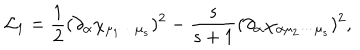
{ \cal L } _ { 1 } = \frac { 1 } { 2 } ( \partial _ { \alpha } \chi _ { \mu _ { 1 } \cdots \mu _ { s } } ) ^ { 2 } - \frac { s } { s + 1 } ( \partial _ { \alpha } \chi _ { \alpha \mu _ { 2 } \cdots \mu _ { s } } ) ^ { 2 } ,